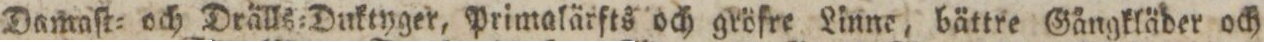
Damaſt= och Drälls=Duktyger, Primalärfts och gröfre Linne, bättre Gångkläder och